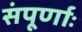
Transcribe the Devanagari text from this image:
संपूर्णाः